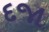
દજા